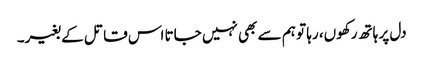
دل پر ہاتھ رکھوں، رہا تو ہم سے بھی نہیں جاتا اس قاتل کے بغیر۔